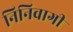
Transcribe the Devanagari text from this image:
निनिवागी